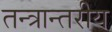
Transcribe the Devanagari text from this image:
तन्त्रान्तरीय